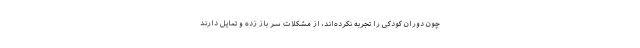
چون دوران کودکی را تجربه نکرده‌اند، از مشکلات سر باز زده و تمایل دارند